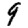
Digit: 9